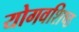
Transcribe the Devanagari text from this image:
योगवशिष्ठ